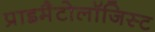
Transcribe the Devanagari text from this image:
प्राइमैटोलॉजिस्ट